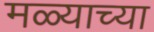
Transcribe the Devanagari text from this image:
मळ्याच्या